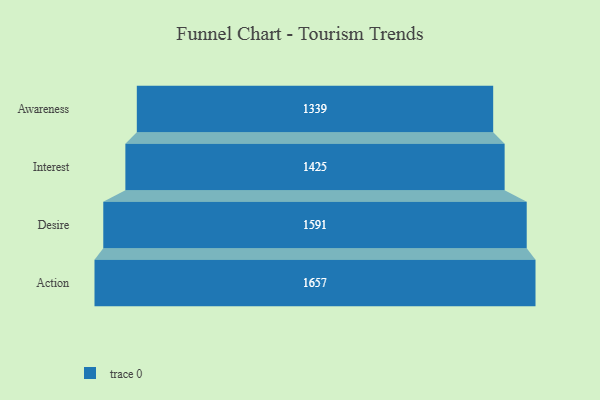
{"axis": {"x": "Stage", "y": "Value"}, "legend": [""], "data": [{"x": "Awareness", "y": 1339.0, "type": ""}, {"x": "Interest", "y": 1425.0, "type": ""}, {"x": "Desire", "y": 1591.0, "type": ""}, {"x": "Action", "y": 1657.0, "type": ""}]}